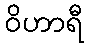
ဝိဟာရီ